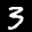
Label: 3